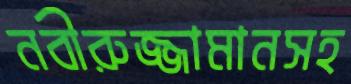
নবীরুজ্জামানসহ